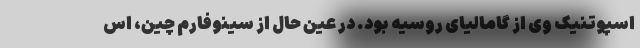
اسپوتنیک وی از گامالیای روسیه بود. در عین حال از سینوفارم چین، اس